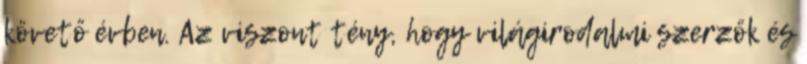
követő évben. Az viszont tény, hogy világirodalmi szerzők és